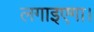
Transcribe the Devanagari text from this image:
लगाइएगा।